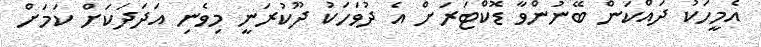
އެމީހަކު ދައްކަން ބޭނުންވާ ޑޮކްޓަރަށް އެ ދުވަހަކު ދޫކުރަނީ މިވެނި އަދަދަކަށް ކަމަށް